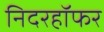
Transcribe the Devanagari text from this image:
निदरहॉफर